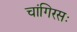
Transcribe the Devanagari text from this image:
चांगिरसः